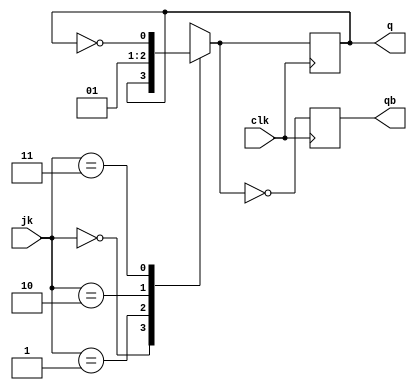
module JK_FF(jk,clk,q,qb);
    input[1:0]jk;
    input clk;
    output reg q=1'b0;
    output reg qb=1'b1;
    always@(posedge clk)
    begin
       case(jk)
            2'b00:q=q;
            2'b01:q=1'b0;
            2'b10:q=1'b1;
            2'b11:q=~q;
       endcase
       qb=~q; 
    end
endmodule

module test_jkflipf;
    reg[1:0]A;
    reg c;
    wire x,xb;
    JK_FF jkff(A,c,x,xb);
    initial c=1'b0;
    always #5 c=~c;
    initial
    begin
        $dumpfile("jktest.vcd");
        $dumpvars(0,test_jkflipf);
        A=2'b00;
            #10;
        A=2'b01;
            #10;
        A=2'b10;
            #10;
        A=2'b11;
            #30 
        $finish;
    end
endmodule